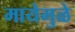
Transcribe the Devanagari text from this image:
मायेमुळे